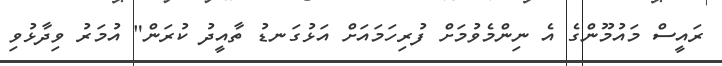
ރައީސް މައުމޫންގެ އެ ނިންމެވުމަށް ފުރިހަމައަށް އަޅުގަނޑު ތާއީދު ކުރަން" އުމަރު ވިދާޅުވި